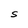
Character: S